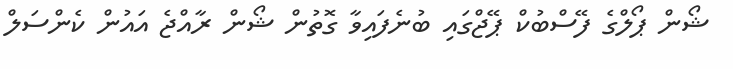
ޝޯން ޕޯލްގެ ފޭސްބުކް ޕޭޖްގައި ބުނެފައިވާ ގޮތުން ޝޯން ރާއްޖެ އައުން ކެންސަލް